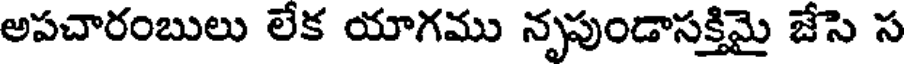
అపచారంబులు లేక యాగము నృపుండాసక్తిమై జేసె స